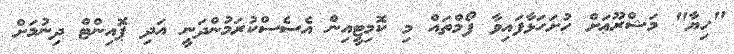
"ހިޔާ" މަޝްރޫޢަށް ހުށަހަޅާފައިވާ ފޯމްތައް މި ކޮމިޓީއިން އެސެސްކުރަމުންދަނީ އަދި ޕޮއިންޓް ދިނުމަށް